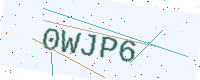
Text: 0WJP6